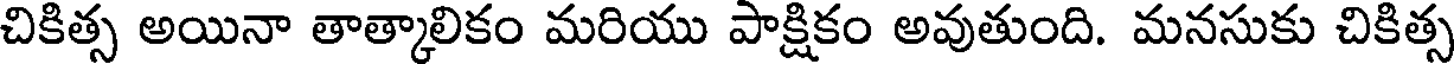
చికిత్స అయినా తాత్కాలికం మరియు పాక్షికం అవుతుంది. మనసుకు చికిత్స